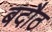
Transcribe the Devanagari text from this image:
बदौठ